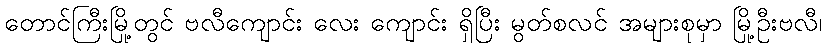
တောင်ကြီးမြို့တွင် ဗလီကျောင်း လေး ကျောင်း ရှိပြီး မွတ်စလင် အများစုမှာ မြို့ဦးဗလီ၊